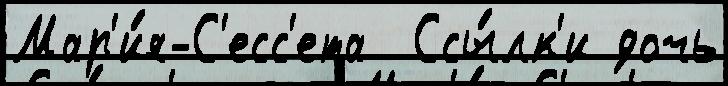
Мар'и́я-С'есс'ета  Ссы́лк'и дочь